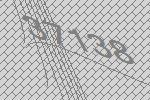
37138